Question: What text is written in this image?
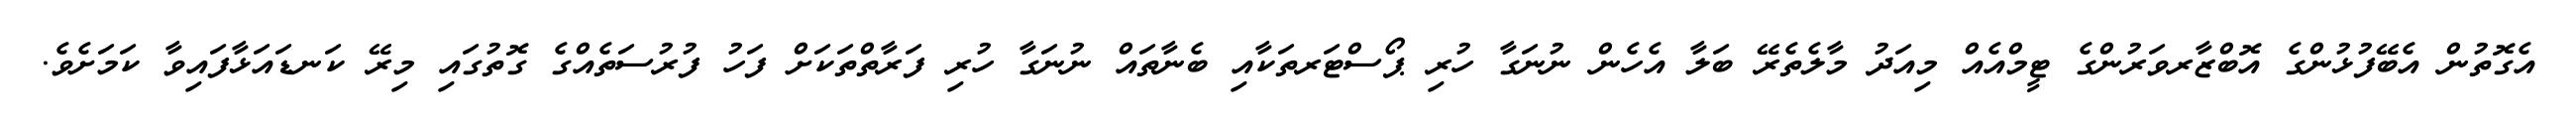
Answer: އެގޮތުން އެބޭފުޅުންގެ އޮބްޒާރވަރުންގެ ޓީމްއެއް މިއަދު މާލެތެރޭ ބަލާ އެހެން ނުނަގާ ހުރި ޕޯސްޓަރތަކާއި ބެނާތައް ނުނަގާ ހުރި ފަރާތްތަކަށް ފަހު ފުރުސަތެއްގެ ގޮތުގައި މިރޭ ކަނޑައަޅާފައިވާ ކަމަށެވެ.